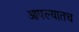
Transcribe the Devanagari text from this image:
आपल्यातच